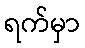
ရက်မှာ